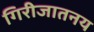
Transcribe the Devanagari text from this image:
गिरीजातनय